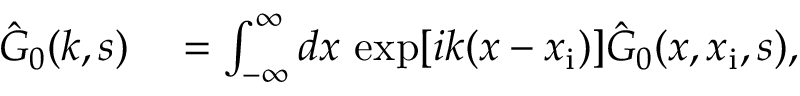
\begin{array} { r l } { \hat { G } _ { 0 } ( k , s ) } & { { } = \int _ { - \infty } ^ { \infty } d x \, \exp [ i k ( x - x _ { \mathrm { i } } ) ] \hat { G } _ { 0 } ( x , x _ { \mathrm { i } } , s ) , } \end{array}